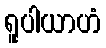
ရူပါယာဟံ